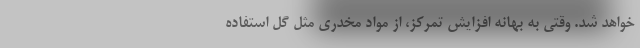
خواهد شد. وقتی به بهانه افزایش تمرکز، از مواد مخدری مثل گل استفاده